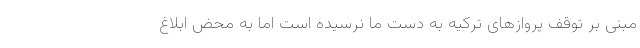
مبنی بر توقف پروازهای ترکیه به دست ما نرسیده است اما به محض ابلاغ